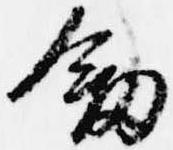
剣